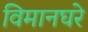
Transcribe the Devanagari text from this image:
विमानघरे